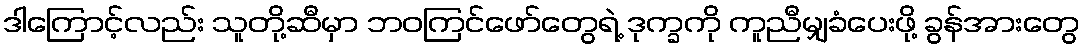
ဒါကြောင့်လည်း သူတို့ဆီမှာ ဘဝကြင်ဖော်တွေရဲ့ ဒုက္ခကို ကူညီမျှခံပေးဖို့ ခွန်အားတွေ